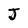
Character: J